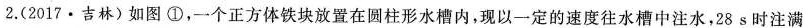
2. (2017 · 吉林) 如图 ①，一个正方体铁块放置在圆柱形水槽内，现以一定的速度往水槽中注水，28 s 时注满